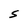
Character: S